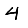
Digit: 4